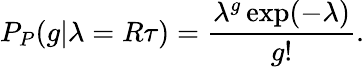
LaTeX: P_{P}(g|\lambda=R\tau)=\frac{\lambda^{g}\exp(-\lambda)}{g!}.